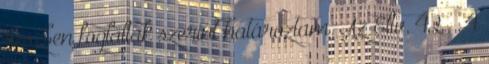
részben foglaltak szerint határoztam. Az Éltv. 42. § 4